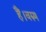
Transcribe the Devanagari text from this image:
हैं।वरुण